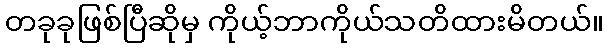
တခုခုဖြစ်ပြီဆိုမှ ကိုယ့်ဘာကိုယ်သတိထားမိတယ်။